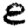
Digit: 8